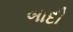
બાદી